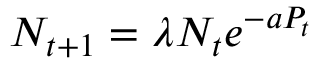
N _ { t + 1 } = \lambda N _ { t } e ^ { - a P _ { t } }